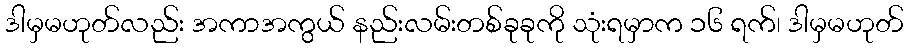
ဒါမှမဟုတ်လည်း အကာအကွယ် နည်းလမ်းတစ်ခုခုကို သုံးရမှာက ၁၆ ရက်၊ ဒါမှမဟုတ်